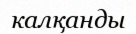
калқанды